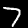
Digit: 7